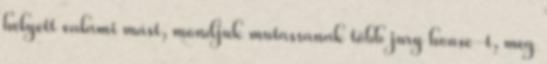
helyett valami mást, mondjuk mutassanak több jury house-t, meg